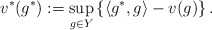
\begin{align*}v^*(g^*) := \sup_{g\in Y}\left\{\langle g^*, g\rangle - v(g)\right\}.\end{align*}